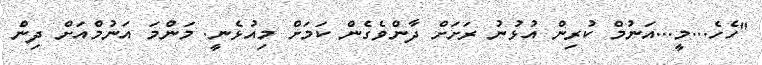
"ހެހެ...މީ...އަނުމް ކުރިން އުޅުނު ރަށަށް ދާންވެގެން ކަމަށް މިއުޅެނީ. މަންމަ އަނުމްއަށް ދިން